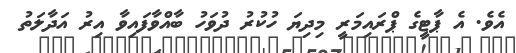
އެވެ. އެ ޕާޓީގެ ޕްރައިމަރީ މިދިޔަ ހުކުރު ދުވަހު ބާއްވާފައިވާ އިރު އަދާލަތު